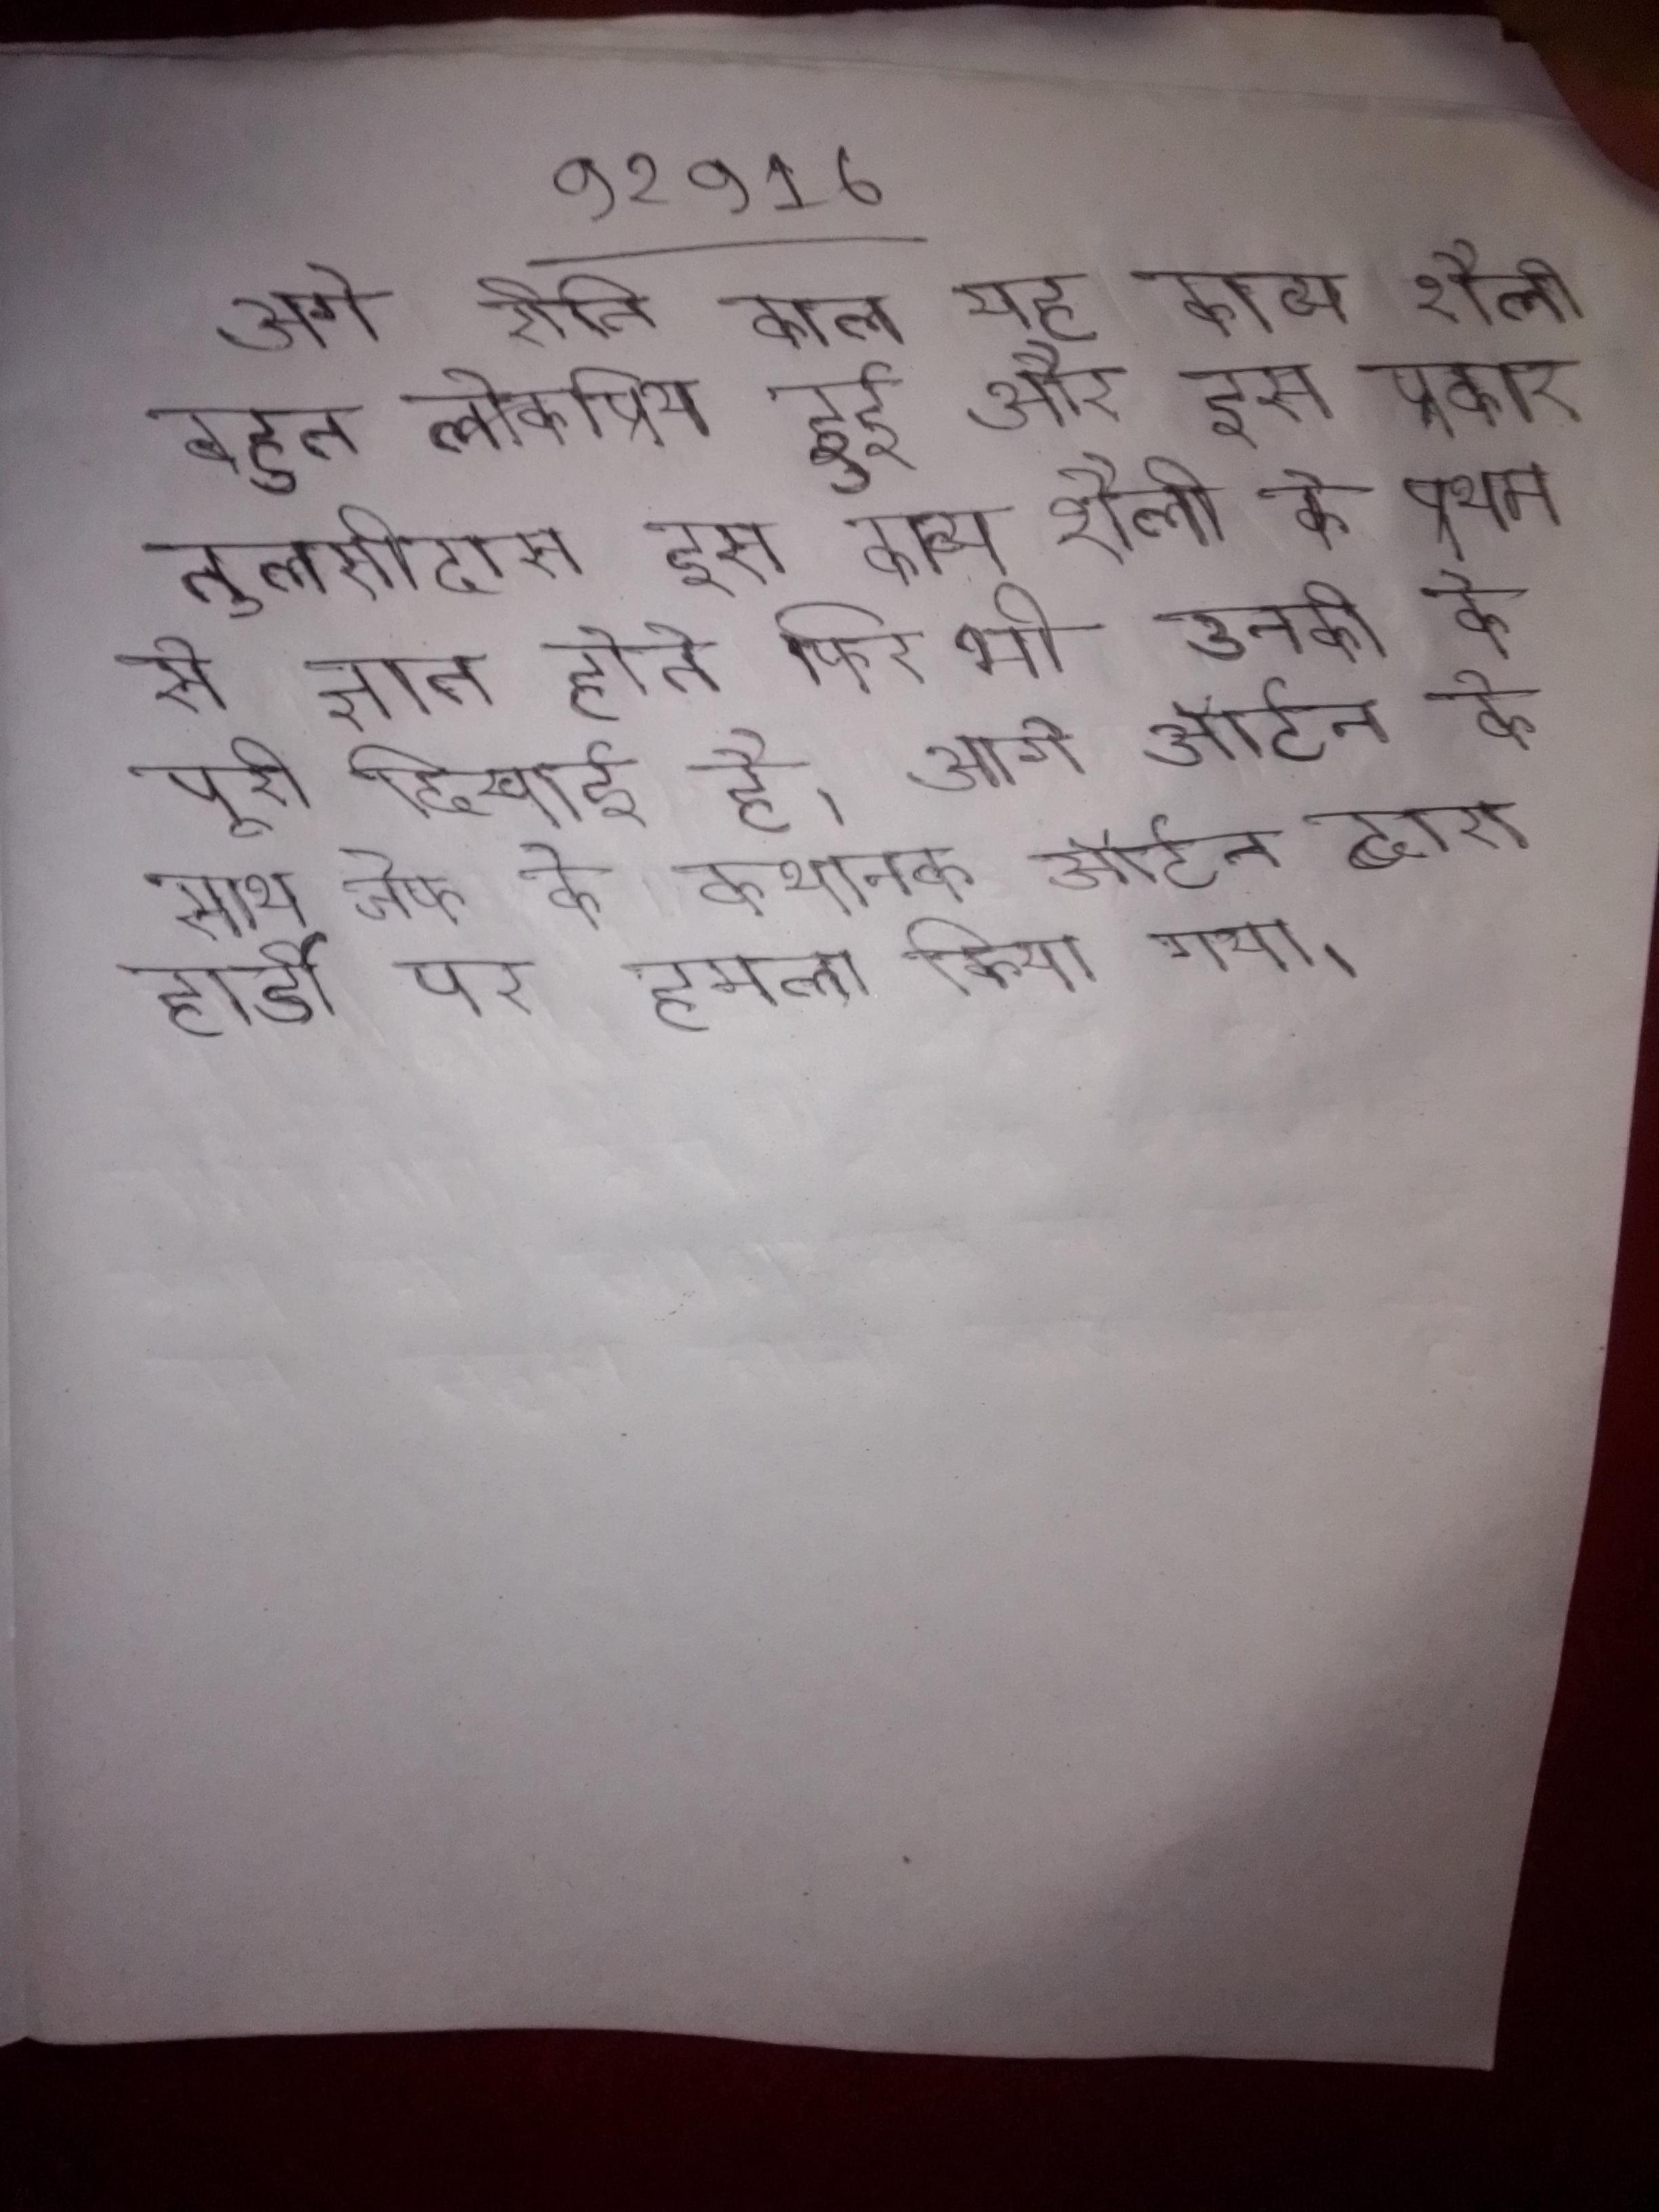
आगे रीति काल यह काव्य शैली बहुत लोकप्रिय हुई और इस प्रकार तुलसीदास इस काव्य शैली के प्रथम से ज्ञात होते फिर भी उनकी के पूरी दिखाई है । आगे ऑर्टन के साथ जेफ के कथानक ऑर्टन द्वारा हार्डी पर हमला किया गया ।